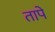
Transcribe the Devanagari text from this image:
तापे